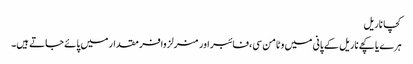
کچا ناریل
ہرے یا کچے ناریل کے پانی میں وٹامن سی، فائبر اور منرلز وافر مقدار میں پائے جاتے ہیں۔